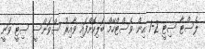
ލެސްޓާ ސިޓީ 2-1 އިން ވެސްޓްހޭމް ބަލިކޮށްފައި ވާއިރު ސްވަންސީ ސިޓީ ވަނީ